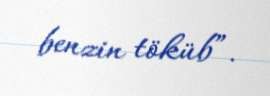
benzin töküb”.